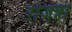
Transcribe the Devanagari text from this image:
रोजन्ना